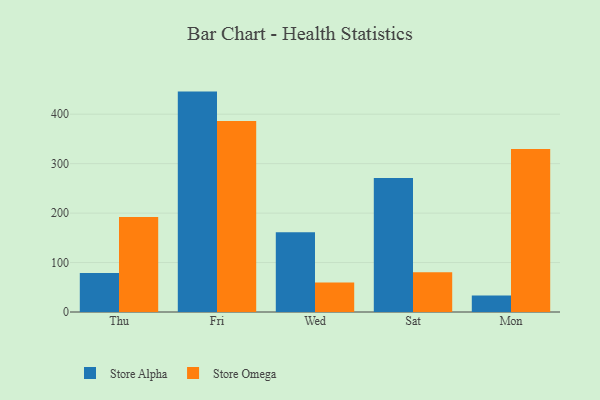
{"axis": {"x": "Day", "y": "Net Income (USD K)"}, "legend": ["Store Alpha", "Store Omega"], "data": [{"x": "Thu", "y": 79.1, "type": "Store Alpha"}, {"x": "Thu", "y": 192.0, "type": "Store Omega"}, {"x": "Fri", "y": 445.7, "type": "Store Alpha"}, {"x": "Fri", "y": 386.2, "type": "Store Omega"}, {"x": "Wed", "y": 161.2, "type": "Store Alpha"}, {"x": "Wed", "y": 59.7, "type": "Store Omega"}, {"x": "Sat", "y": 271.1, "type": "Store Alpha"}, {"x": "Sat", "y": 80.6, "type": "Store Omega"}, {"x": "Mon", "y": 33.2, "type": "Store Alpha"}, {"x": "Mon", "y": 329.5, "type": "Store Omega"}]}